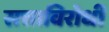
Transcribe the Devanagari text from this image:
सत्ताविरोधी